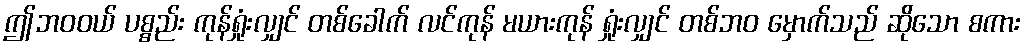
ဤဘဝဝယ် ပစ္စည်း ကုန်ရှုံးလျှင် တစ်ခေါက် လင်ကုန် မယားကုန် ရှုံးလျှင် တစ်ဘဝ မှောက်သည် ဆိုသော စကား